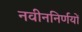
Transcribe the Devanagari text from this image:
नवीननिर्णयों